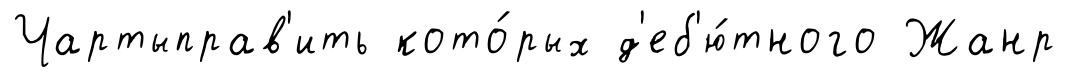
Чартыправ'ить кото́рых д'еб'ю́тного Жанр